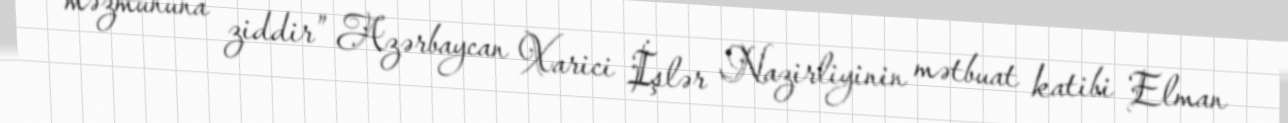
məzmununa ziddir” Azərbaycan Xarici İşlər Nazirliyinin mətbuat katibi Elman